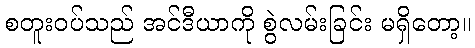
စတူးဝပ်သည် အင်ဒီယာကို စွဲလမ်းခြင်း မရှိတော့။